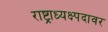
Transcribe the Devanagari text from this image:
राष्ट्राध्यक्ष्पदावर